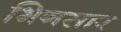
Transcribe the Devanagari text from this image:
भिनसार